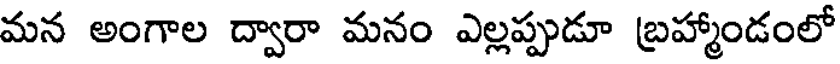
మన అంగాల ద్వారా మనం ఎల్లప్పుడూ బ్రహ్మాండంలో